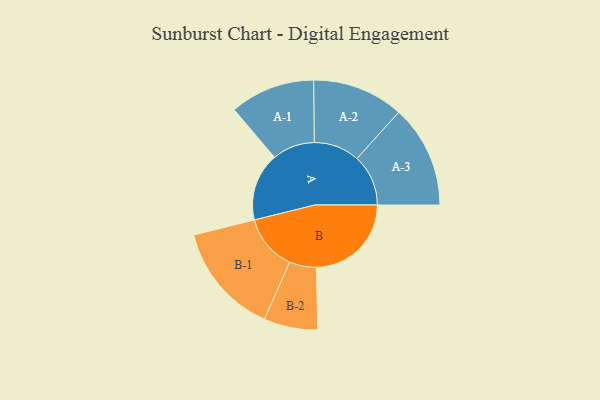
{"axis": {"x": "Segment", "y": "Value"}, "legend": ["", "A", "B"], "data": [{"x": "A", "y": 293, "type": ""}, {"x": "B", "y": 409, "type": ""}, {"x": "A-1", "y": 183, "type": "A"}, {"x": "A-2", "y": 197, "type": "A"}, {"x": "A-3", "y": 221, "type": "A"}, {"x": "B-1", "y": 241, "type": "B"}, {"x": "B-2", "y": 116, "type": "B"}]}